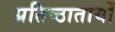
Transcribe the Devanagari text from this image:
प्रतिष्ठातायों